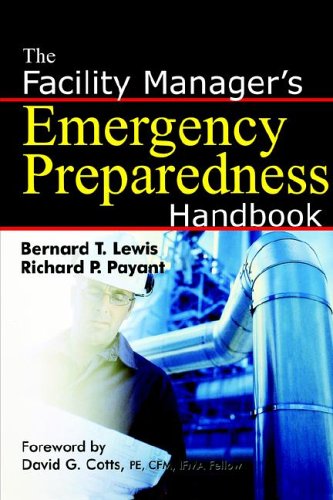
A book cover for The Facility Manager's Emergency Preparedness Handbook; Bernard T. Lewis; Business & Money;